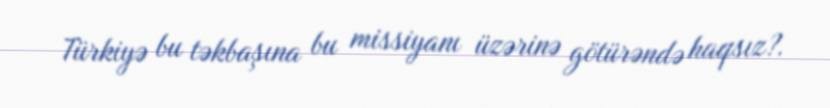
Türkiyə bu təkbaşına bu missiyanı üzərinə götürəndə haqsız?.